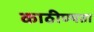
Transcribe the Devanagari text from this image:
काठीण्‍यता